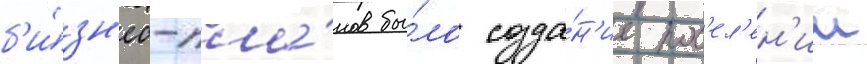
б'и́зн'ес-пла́нов бы́ло созда́н'ие пос'ел'ен'ии